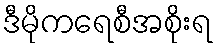
ဒီမိုကရေစီအစိုးရ